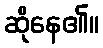
ဆိုနေ၏။